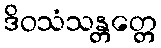
ဒိဝသံသန္တတ္တေ